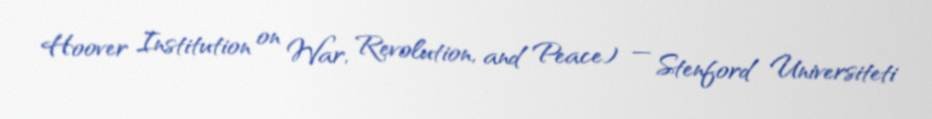
Hoover Institution on War, Revolution, and Peace) — Stenford Universiteti